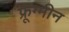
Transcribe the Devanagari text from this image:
फ्रूग्मीन